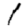
Digit: 1